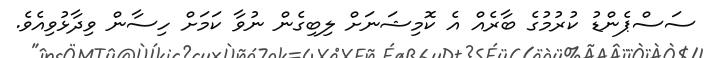
ސަސްޕެންޑު ކުރުމުގެ ބާރެއް އެ ކޮމިޝަނަށް ލިބިގެން ނުވާ ކަމަށް ހިސާން ވިދާޅުވިއެވެ.